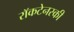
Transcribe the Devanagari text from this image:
राॅकटेनस्की